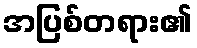
အပြစ်တရား၏